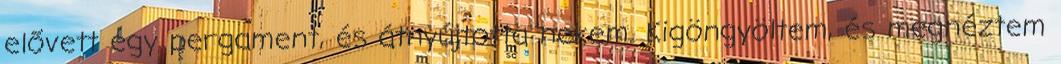
elővett egy pergament, és átnyújtotta nekem. Kigöngyöltem, és megnéztem